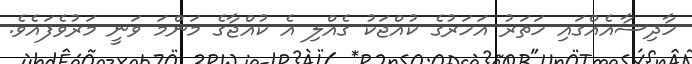
ހާދިސާއެއްގައި ހަތަރު އަހަރުގެ ކުއްޖަކު ގެއްލި އެ ކުއްޖާގެ މަންމަ ވަނީ މަރުވެފައެވެ.